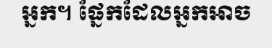
អ្នក។ ផ្នែកដែលអ្នកអាច